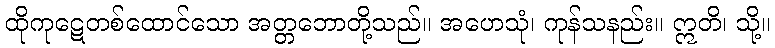
ထိုကုဋေတစ်ထောင်သော အတ္တဘောတို့သည်။ အဟေသုံ၊ ကုန်သနည်း။ ဣတိ၊ သို့။